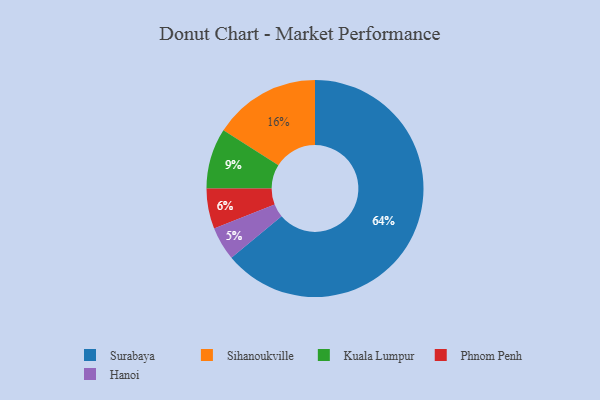
{"axis": {"x": "Category", "y": "Percentage"}, "legend": ["Hanoi", "Kuala Lumpur", "Phnom Penh", "Sihanoukville", "Surabaya"], "data": [{"x": "Kuala Lumpur", "y": 9, "type": "Kuala Lumpur"}, {"x": "Sihanoukville", "y": 16, "type": "Sihanoukville"}, {"x": "Hanoi", "y": 5, "type": "Hanoi"}, {"x": "Phnom Penh", "y": 6, "type": "Phnom Penh"}, {"x": "Surabaya", "y": 64, "type": "Surabaya"}]}